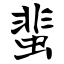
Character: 蜚